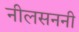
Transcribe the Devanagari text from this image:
नीलसननी